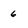
Character: 6